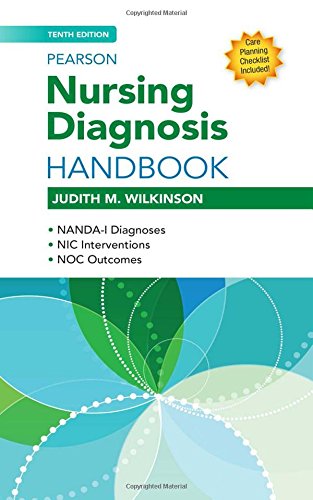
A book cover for Pearson Nursing Diagnosis Handbook (10th Edition) (Wilkinson, Nursing Diagnosis Handbook); Judith Wilkinson; Medical Books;